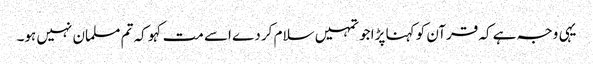
یہی وجہ ہے کہ قرآن کو کہنا پڑا جو تمہیں سلام کر دے اسے مت کہو کہ تم مسلمان نہیں ہو۔